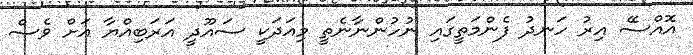
އޮއްސޭ އިރު ހަނދު ފެންމަތީގައި ނުހުންނާނެތީ މިއަދަކީ ސައޫދީ އަރަބިއްޔާ އަށް ވެސް